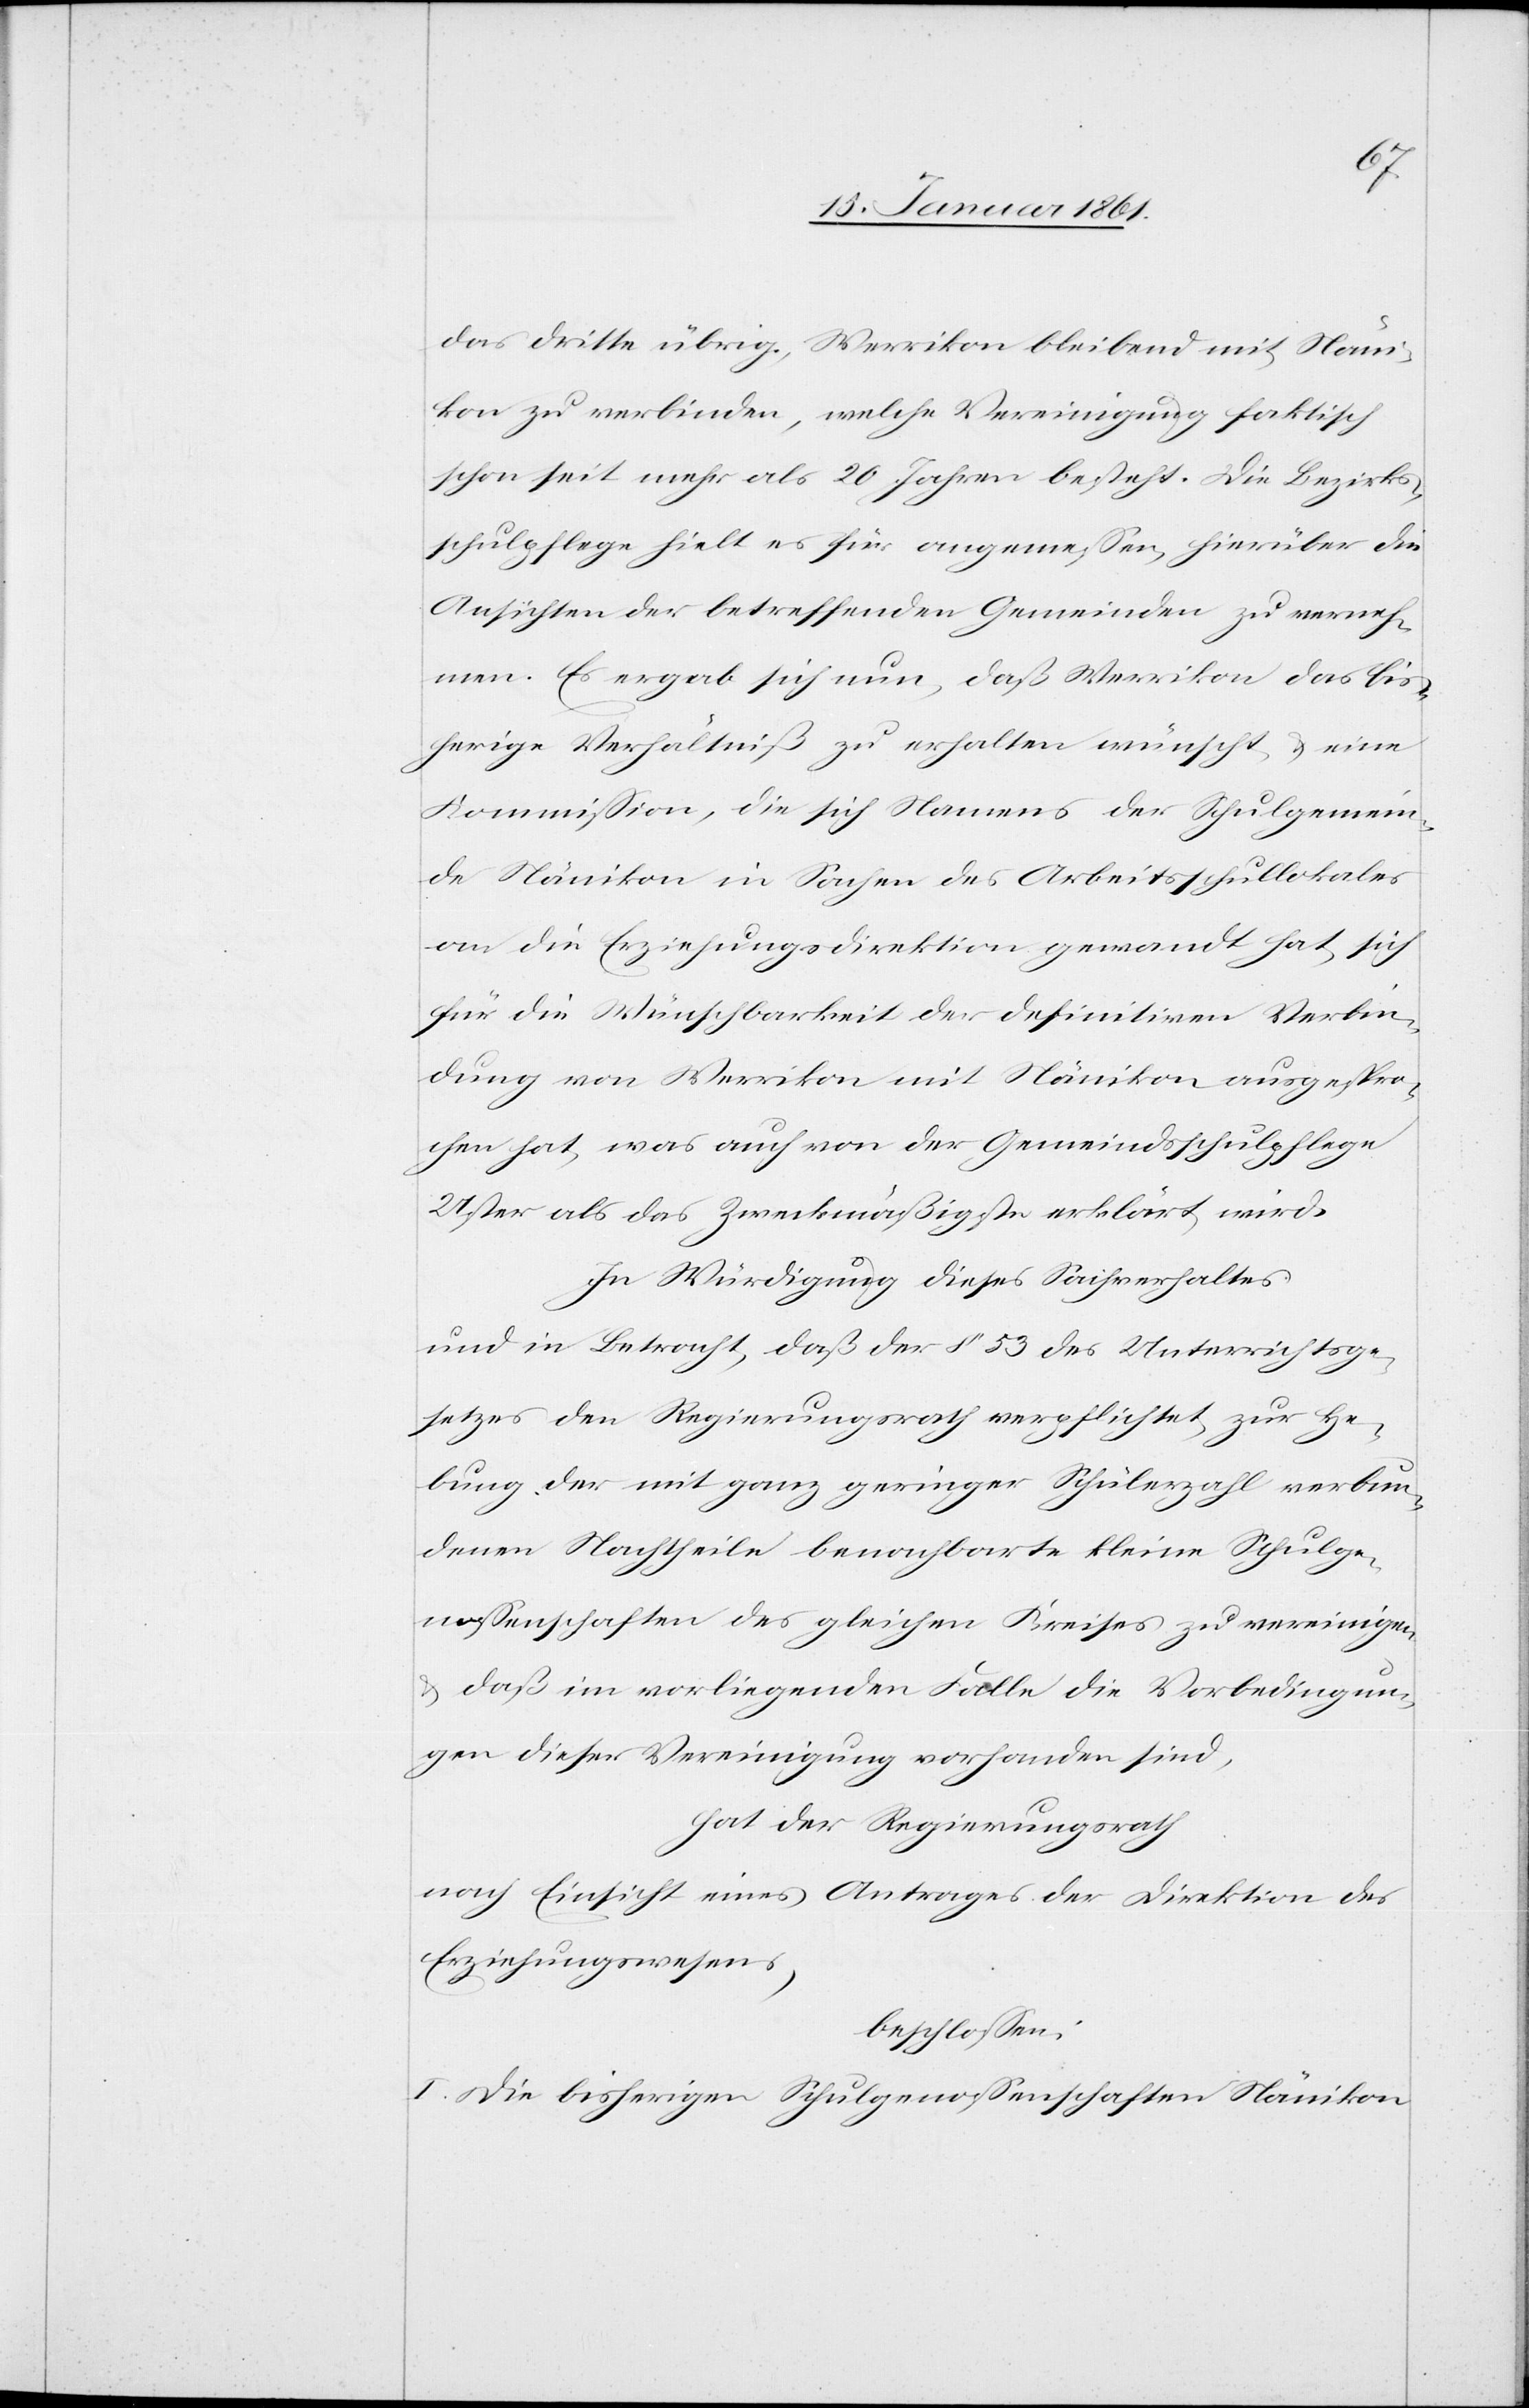
das Dritte übrig, Werrikon bleibend mit Näni¬
kon zu verbinden, welche Vereinigung faktisch
schon seit mehr als 26 Jahren besteht. Die Bezirks¬
schulpflege hielt es für angemessen, hierüber die
Ansichten der betreffenden Gemeinden zu verneh¬
men. Es ergab sich nun, daß Werrikon das bis¬
herige Verhältniß zu erhalten wünscht u. eine
Kommission, die sich Namens der Schulgemein¬
de Nänikon in Sachen des Arbeitsschullokales
an die Erziehungsdirektion gewandt hat, sich
für die Wünschbarkeit der definitiven Verbin¬
dung von Werrikon mit Nänikon ausgespro¬
chen hat, was auch von der Gemeindsschulpflege
Uster als das Zweckmäßigste erklärt wird.
In Würdigung dieses Sachverhaltes:
und in Betracht, daß der §. 53 des Unterrichtsge¬
setzes den Regierungsrath verpflichtet, zur He¬
bung der mit ganz geringer Schülerzahl verbun¬
denen Nachtheile benachbarte kleine Schulge¬
nossenschaften des gleichen Kreises zu vereinigen
u. daß im vorliegenden Falle die Vorbedingun¬
gen dieser Vereinigung vorhanden sind,
hat der Regierungsrath
nach Einsicht eines Antrages der Direktion des
Erziehungswesens,
beschlossen:
I. Die bisherigen Schulgenossenschaften Nänikon